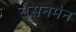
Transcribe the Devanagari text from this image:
रोसनमैन